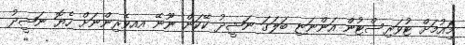
މިްައުމަށް ޓުވަރިސްޓުން އަންނަޏި ބަލަގަ ނަޝީދު ކޭކަން ނޫނޭ އއވެރިންނަށް ހެޔޮ ނަޝީދު